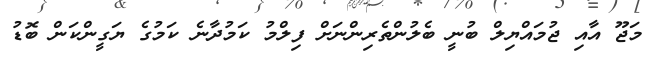
މަޖޫ އާއި ޖުމައްޔިލް ބުނީ ބެލުންތެރިންނަށް ފިލްމު ކަމުދާނެ ކަމުގެ ޔަގީންކަން ބޮޑު